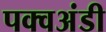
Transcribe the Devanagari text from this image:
पक्वअंडी